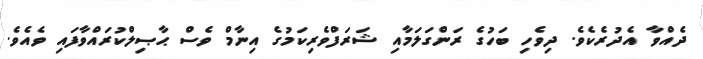
ދެއްވާ އެދުރެކެވެ. ދިވެހި ބަހުގެ ރަންގަލަމާއި ޝަރަފްވެރިކަމުގެ އިނާމް ވެސް ޙާޞިލްކުރައްވާފައި ވެއެވެ.